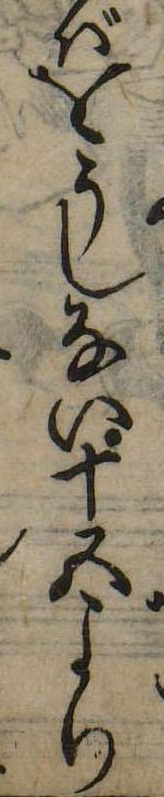
ばをうしない十五より